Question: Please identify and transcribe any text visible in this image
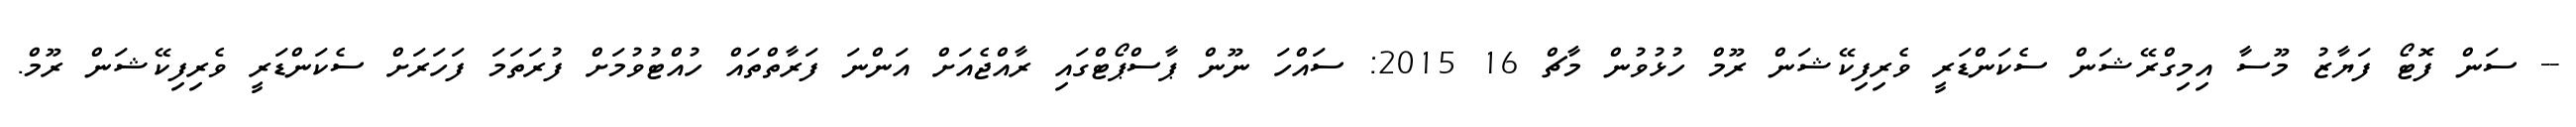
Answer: -- ސަން ފޮޓޯ ފަޔާޒު މޫސާ އިމިގްރޭޝަން ސެކަންޑަރީ ވެރިފިކޭޝަން ރޫމް ހުޅުވުން މާޗް 16 2015: ސައްހަ ނޫން ޕާސްޕޯޓްގައި ރާއްޖެއަށް އަންނަ ފަރާތްތައް ހުއްޓުވުމަށް ފުރަތަމަ ފަހަރަށް ސެކަންޑަރީ ވެރިފިކޭޝަން ރޫމް.